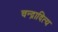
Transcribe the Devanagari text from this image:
चन्द्रादित्य